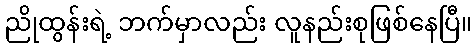
ညိုထွန်းရဲ့ ဘက်မှာလည်း လူနည်းစုဖြစ်နေပြီ။